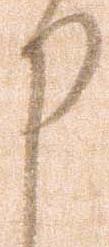
申